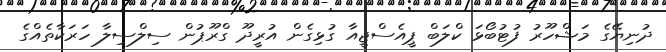
ދުނިޔޭގެ މަޝްހޫރު ފުޓުބޯޅަ ކްލަބް ޕީއެސްޖީއާ ގުޅިގެން އުރީދޫ ގްރޫޕުން ސިލްސިލާ ހަރަކާތެއްގެ